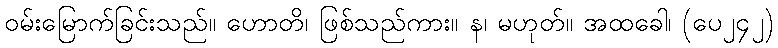
ဝမ်းမြောက်ခြင်းသည်။ ဟောတိ၊ ဖြစ်သည်ကား။ န၊ မဟုတ်။ အထခေါ၊ (ပေ၂၄၂)